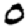
Digit: 0